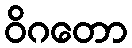
ဝိဂတော